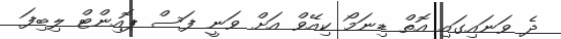
ދެ ވަނައިގައި އޮތް ޑިނަމޯ ކިއޭވް އަށް ވަނީ ފަސް ޕޮއިންޓް ލިބިފަ